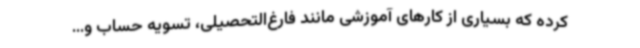
کرده که بسیاری از کارهای آموزشی مانند فارغ‌التحصیلی، تسویه حساب و...